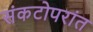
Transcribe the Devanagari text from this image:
संकटोपरांत